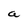
Character: a